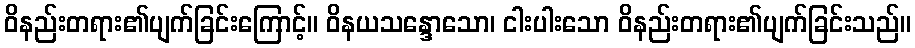
ဝိနည်းတရား၏ပျက်ခြင်းကြောင့်။ ဝိနယသန္ဒောသော၊ ငါးပါးသော ဝိနည်းတရား၏ပျက်ခြင်းသည်။